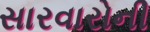
સારવારોની